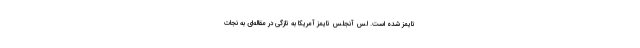
تایمز شده است. لس آنجلس تایمزِ آمریکا به تازگی در مقاله‌ای به نجات